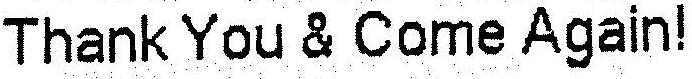
THANK YOU & COME AGAIN!